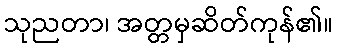
သုညတာ၊ အတ္တမှဆိတ်ကုန်၏။